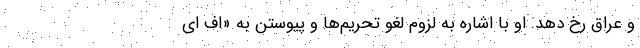
و عراق رخ دهد. او با اشاره به لزوم لغو تحریم‌ها و پیوستن به «اف ای